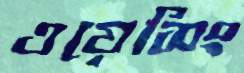
ওয়েসিং